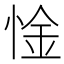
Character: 惍